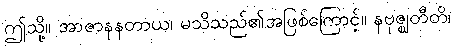
ဤသို့။ အာဇာနနတာယ၊ မသိသည်၏အဖြစ်ကြောင့်။ နဗုဇ္ဈတီတိ၊